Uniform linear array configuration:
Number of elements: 4
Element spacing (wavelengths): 0.5
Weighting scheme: binomial
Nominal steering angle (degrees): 30
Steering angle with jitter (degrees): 28.291
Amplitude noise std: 0.05
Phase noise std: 0.05

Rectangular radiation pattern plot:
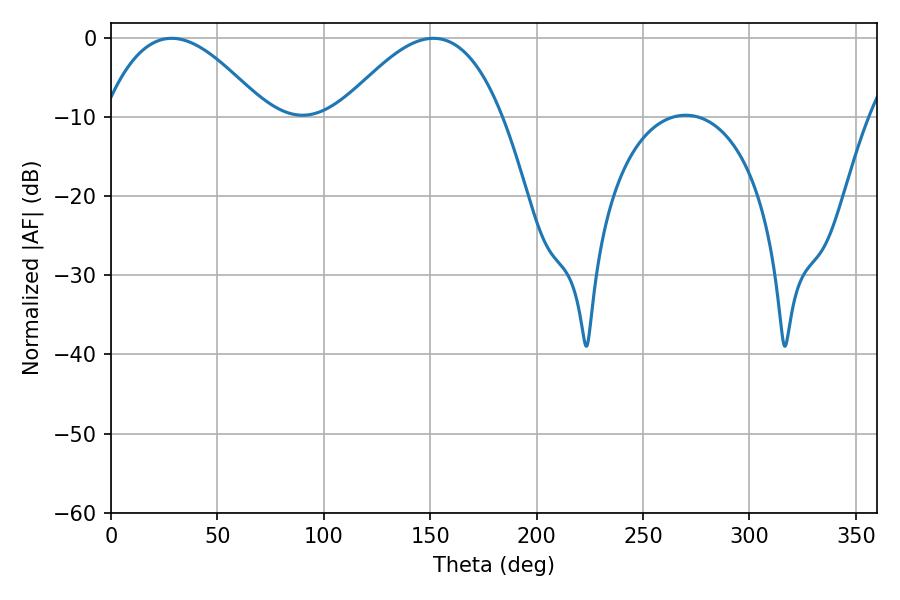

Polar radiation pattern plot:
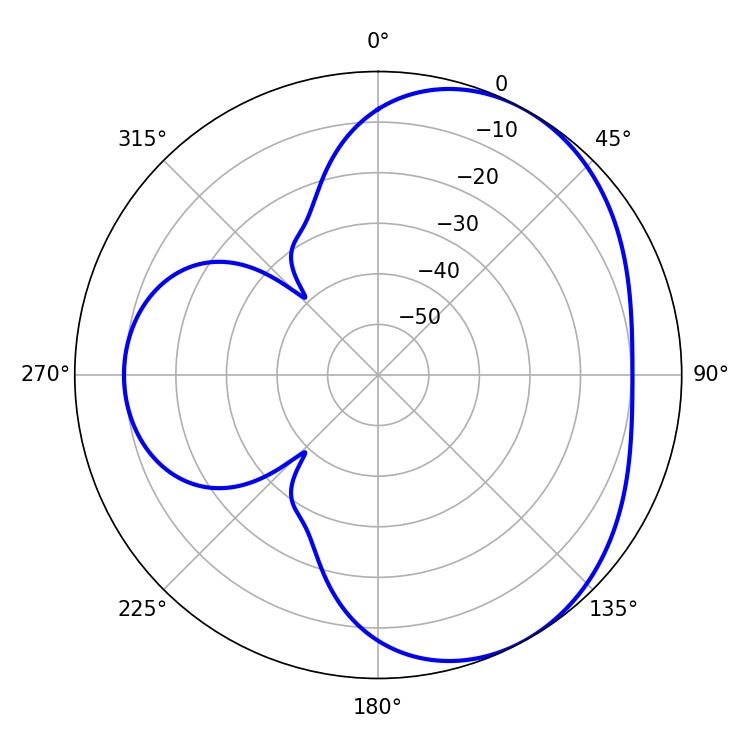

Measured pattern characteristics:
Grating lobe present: FALSE
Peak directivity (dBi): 4.104
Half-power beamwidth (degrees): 41.76
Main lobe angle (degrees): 28.44